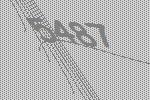
5487